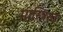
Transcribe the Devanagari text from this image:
मास्त्रिख